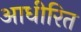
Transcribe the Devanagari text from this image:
आधीरित